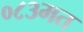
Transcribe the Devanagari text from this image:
०८३मत